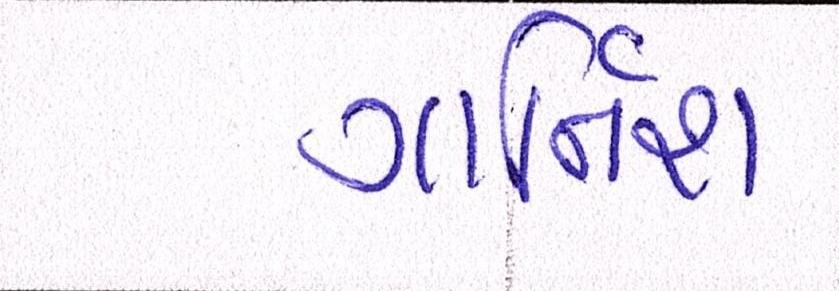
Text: ગાર્નિશ